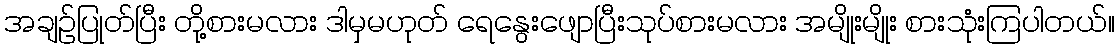
အချဉ်ပြုတ်ပြီး တို့စားမလား ဒါမှမဟုတ် ရေနွေးဖျောပြီးသုပ်စားမလား အမျိုးမျိုး စားသုံးကြပါတယ်။